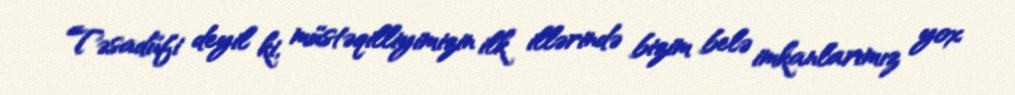
Təsadüfi deyil ki, müstəqilliyimizin ilk illərində bizim belə imkanlarımız yox